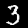
Digit: 3